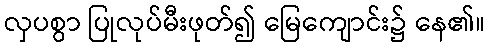
လှပစွာ ပြုလုပ်မီးဖုတ်၍ မြေကျောင်း၌ နေ၏။